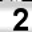
Digit: 2